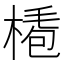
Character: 𣖏